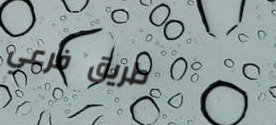
طريق فرعي